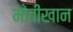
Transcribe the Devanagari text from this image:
मोतीखान